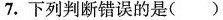
7.下列判断错误的是()